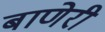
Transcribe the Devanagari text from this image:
बाणेरी